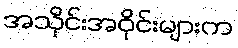
အသိုင်းအဝိုင်းများက